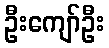
ဦးကျော်ဦး